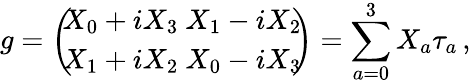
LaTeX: g=\left(\! \! \begin{array}{c}{{X_{0}+iX_{3}\ X_{1}-iX_{2}}}\\ {{X_{1}+iX_{2}\ X_{0}-iX_{3}}}\end{array}\! \! \right)=\sum_{a=0}^{3}X_{a}\tau_{a}\, ,